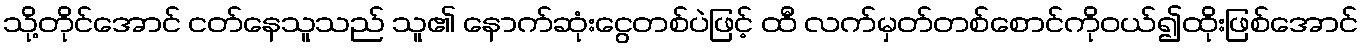
သို့တိုင်အောင် ငတ်နေသူသည် သူ၏ နောက်ဆုံးငွေတစ်ပဲဖြင့် ထီ လက်မှတ်တစ်စောင်ကိုဝယ်၍ထိုးဖြစ်အောင်